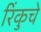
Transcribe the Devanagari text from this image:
रिंकुचे